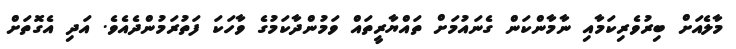
މާލެއަށް ބިރުވެރިކަމާއި ނާމާންކަން ގެނައުމަށް ތައްޔާރީތައް ވަމުންދާކަމުގެ ވާހަކަ ފަތުރަމުންދެއެވެ. އަދި އެގޮތަށް